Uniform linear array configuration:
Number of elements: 32
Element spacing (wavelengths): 0.5
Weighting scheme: uniform
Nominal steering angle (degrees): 30
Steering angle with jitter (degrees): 29.055
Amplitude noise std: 0.05
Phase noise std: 0.05

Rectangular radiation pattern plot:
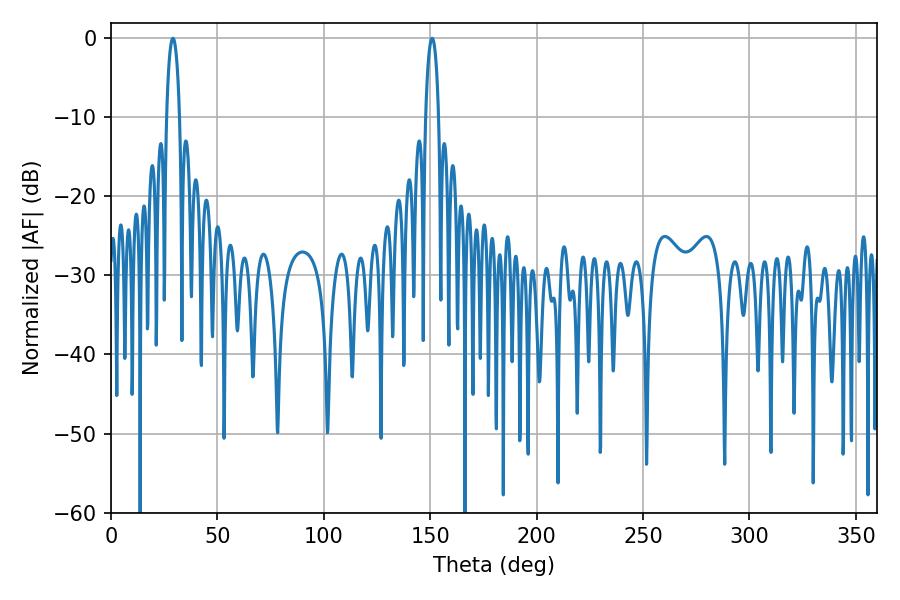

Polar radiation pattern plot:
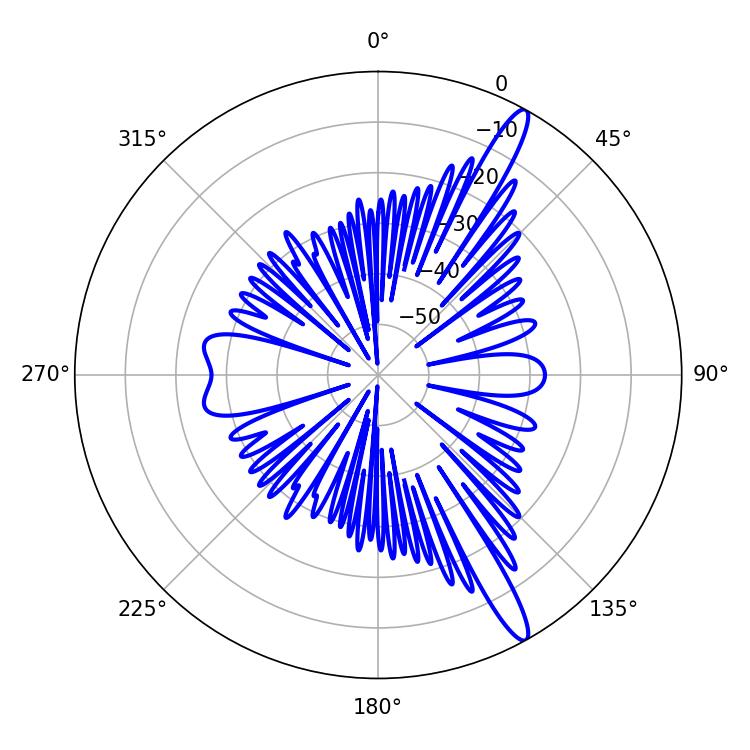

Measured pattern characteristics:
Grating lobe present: FALSE
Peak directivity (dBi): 14.701
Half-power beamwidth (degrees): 3.42
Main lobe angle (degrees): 29.16